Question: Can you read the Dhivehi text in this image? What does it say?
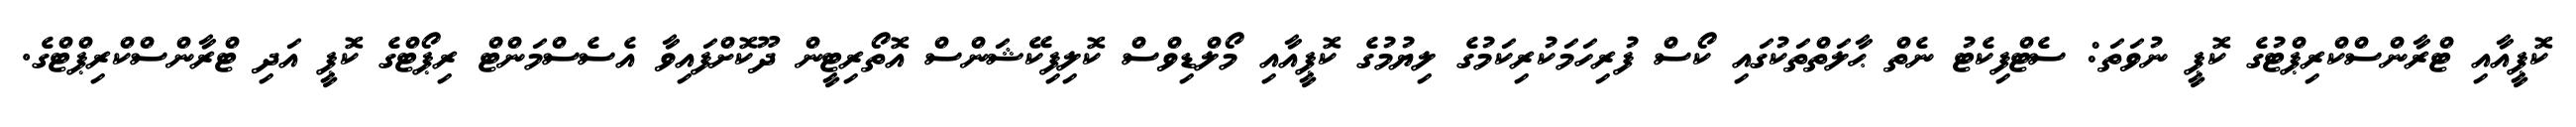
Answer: ކޮޕީއާއި ޓްރާންސްކްރިޕްޓުގެ ކޮޕީ ނުވަތަ: ސެޓްފިކެޓު ނެތް ޙާލަތްތަކުގައި ކޯސް ފުރިހަމަކުރިކަމުގެ ލިޔުމުގެ ކޮޕީއާއި މޯލްޑިވްސް ކޮލިފިކޭޝަންސް އޮތޯރިޓީން ދޫކޮށްފައިވާ އެސެސްމަންޓް ރިޕޯޓްގެ ކޮޕީ އަދި ޓްރާންސްކްރިޕްޓްގެ.